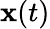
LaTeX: {\textbf{x}}(t)